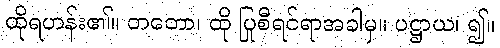
ထိုရဟန်း၏။ တတော၊ ထို ပြုစီရင်ရာအခါမှ။ ပဋ္ဌာယ၊ ၍။